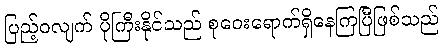
ပြည့်ဝလျက် ပိုကြီးနိုင်သည် စုဝေးရောက်ရှိနေကြပြီဖြစ်သည်